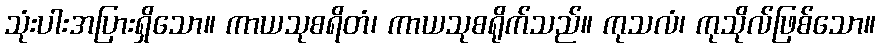
သုံးပါးအပြားရှိသော။ ကာယသုစရိတံ၊ ကာယသုစရိုက်သည်။ ကုသလံ၊ ကုသိုလ်ဖြစ်သော။